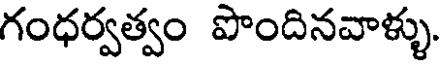
గంధర్వత్వం పొందినవాళ్ళు.